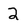
Character: 2